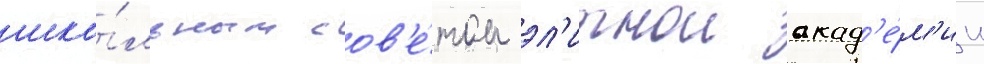
шко́льным сов'е́том эл'итнои акад'е́м'ии